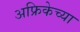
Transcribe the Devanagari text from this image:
अफ्रिकेच्या